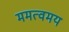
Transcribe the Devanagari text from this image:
ममत्वमय